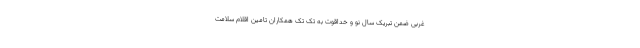
غربی ضمن تبریک سال نو و خداقوت به تک تک همکاران تامین اقلام سلامت